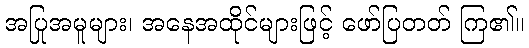
အပြုအမူများ၊ အနေအထိုင်များဖြင့် ဖော်ပြတတ် ကြ၏။